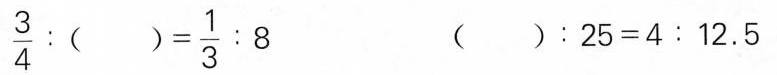
\frac{3}{4}:( )=\frac{1}{3}:8 ( ):25=4:12.5